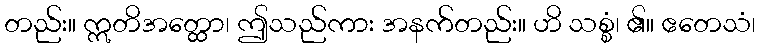
တည်း။ ဣတိအတ္ထော၊ ဤသည်ကား အနက်တည်း။ ဟိ သစ္စံ၊ ၏။ ဧတေသံ၊